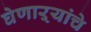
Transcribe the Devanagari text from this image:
घेणाऱ्यांचे